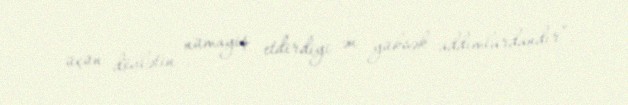
üçün dövlətin nümayiş etdirdiyi ən yüksək addımlardandır”.